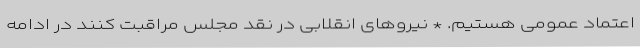
اعتماد عمومی هستیم. * نیروهای انقلابی در نقد مجلس مراقبت کنند در ادامه